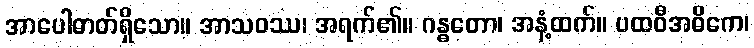
အာပေါဓာတ်ရှိသော။ အာသဝဿ၊ အရက်၏။ ဂန္ဓတော၊ အနံ့ထက်။ ပထဝီအဓိကေ၊